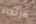
لارتداء